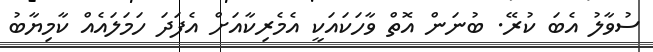
ސުވާލު އެބަ ކުރޭ. ބުނަން އޮތް ވާހަކައަކީ އެމެރިކާއަށް އެފަދަ ހަމަލައެއް ކާމިޔާބު